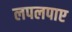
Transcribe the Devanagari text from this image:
लपलपाए